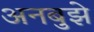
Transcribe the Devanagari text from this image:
अनबुझे